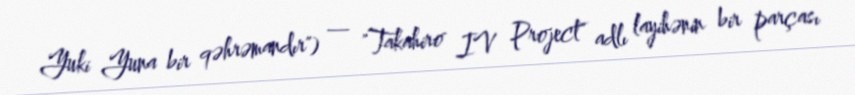
Yuki Yuna bir qəhrəmandır") — "Takahiro IV Project" adlı layihənin bir parçası